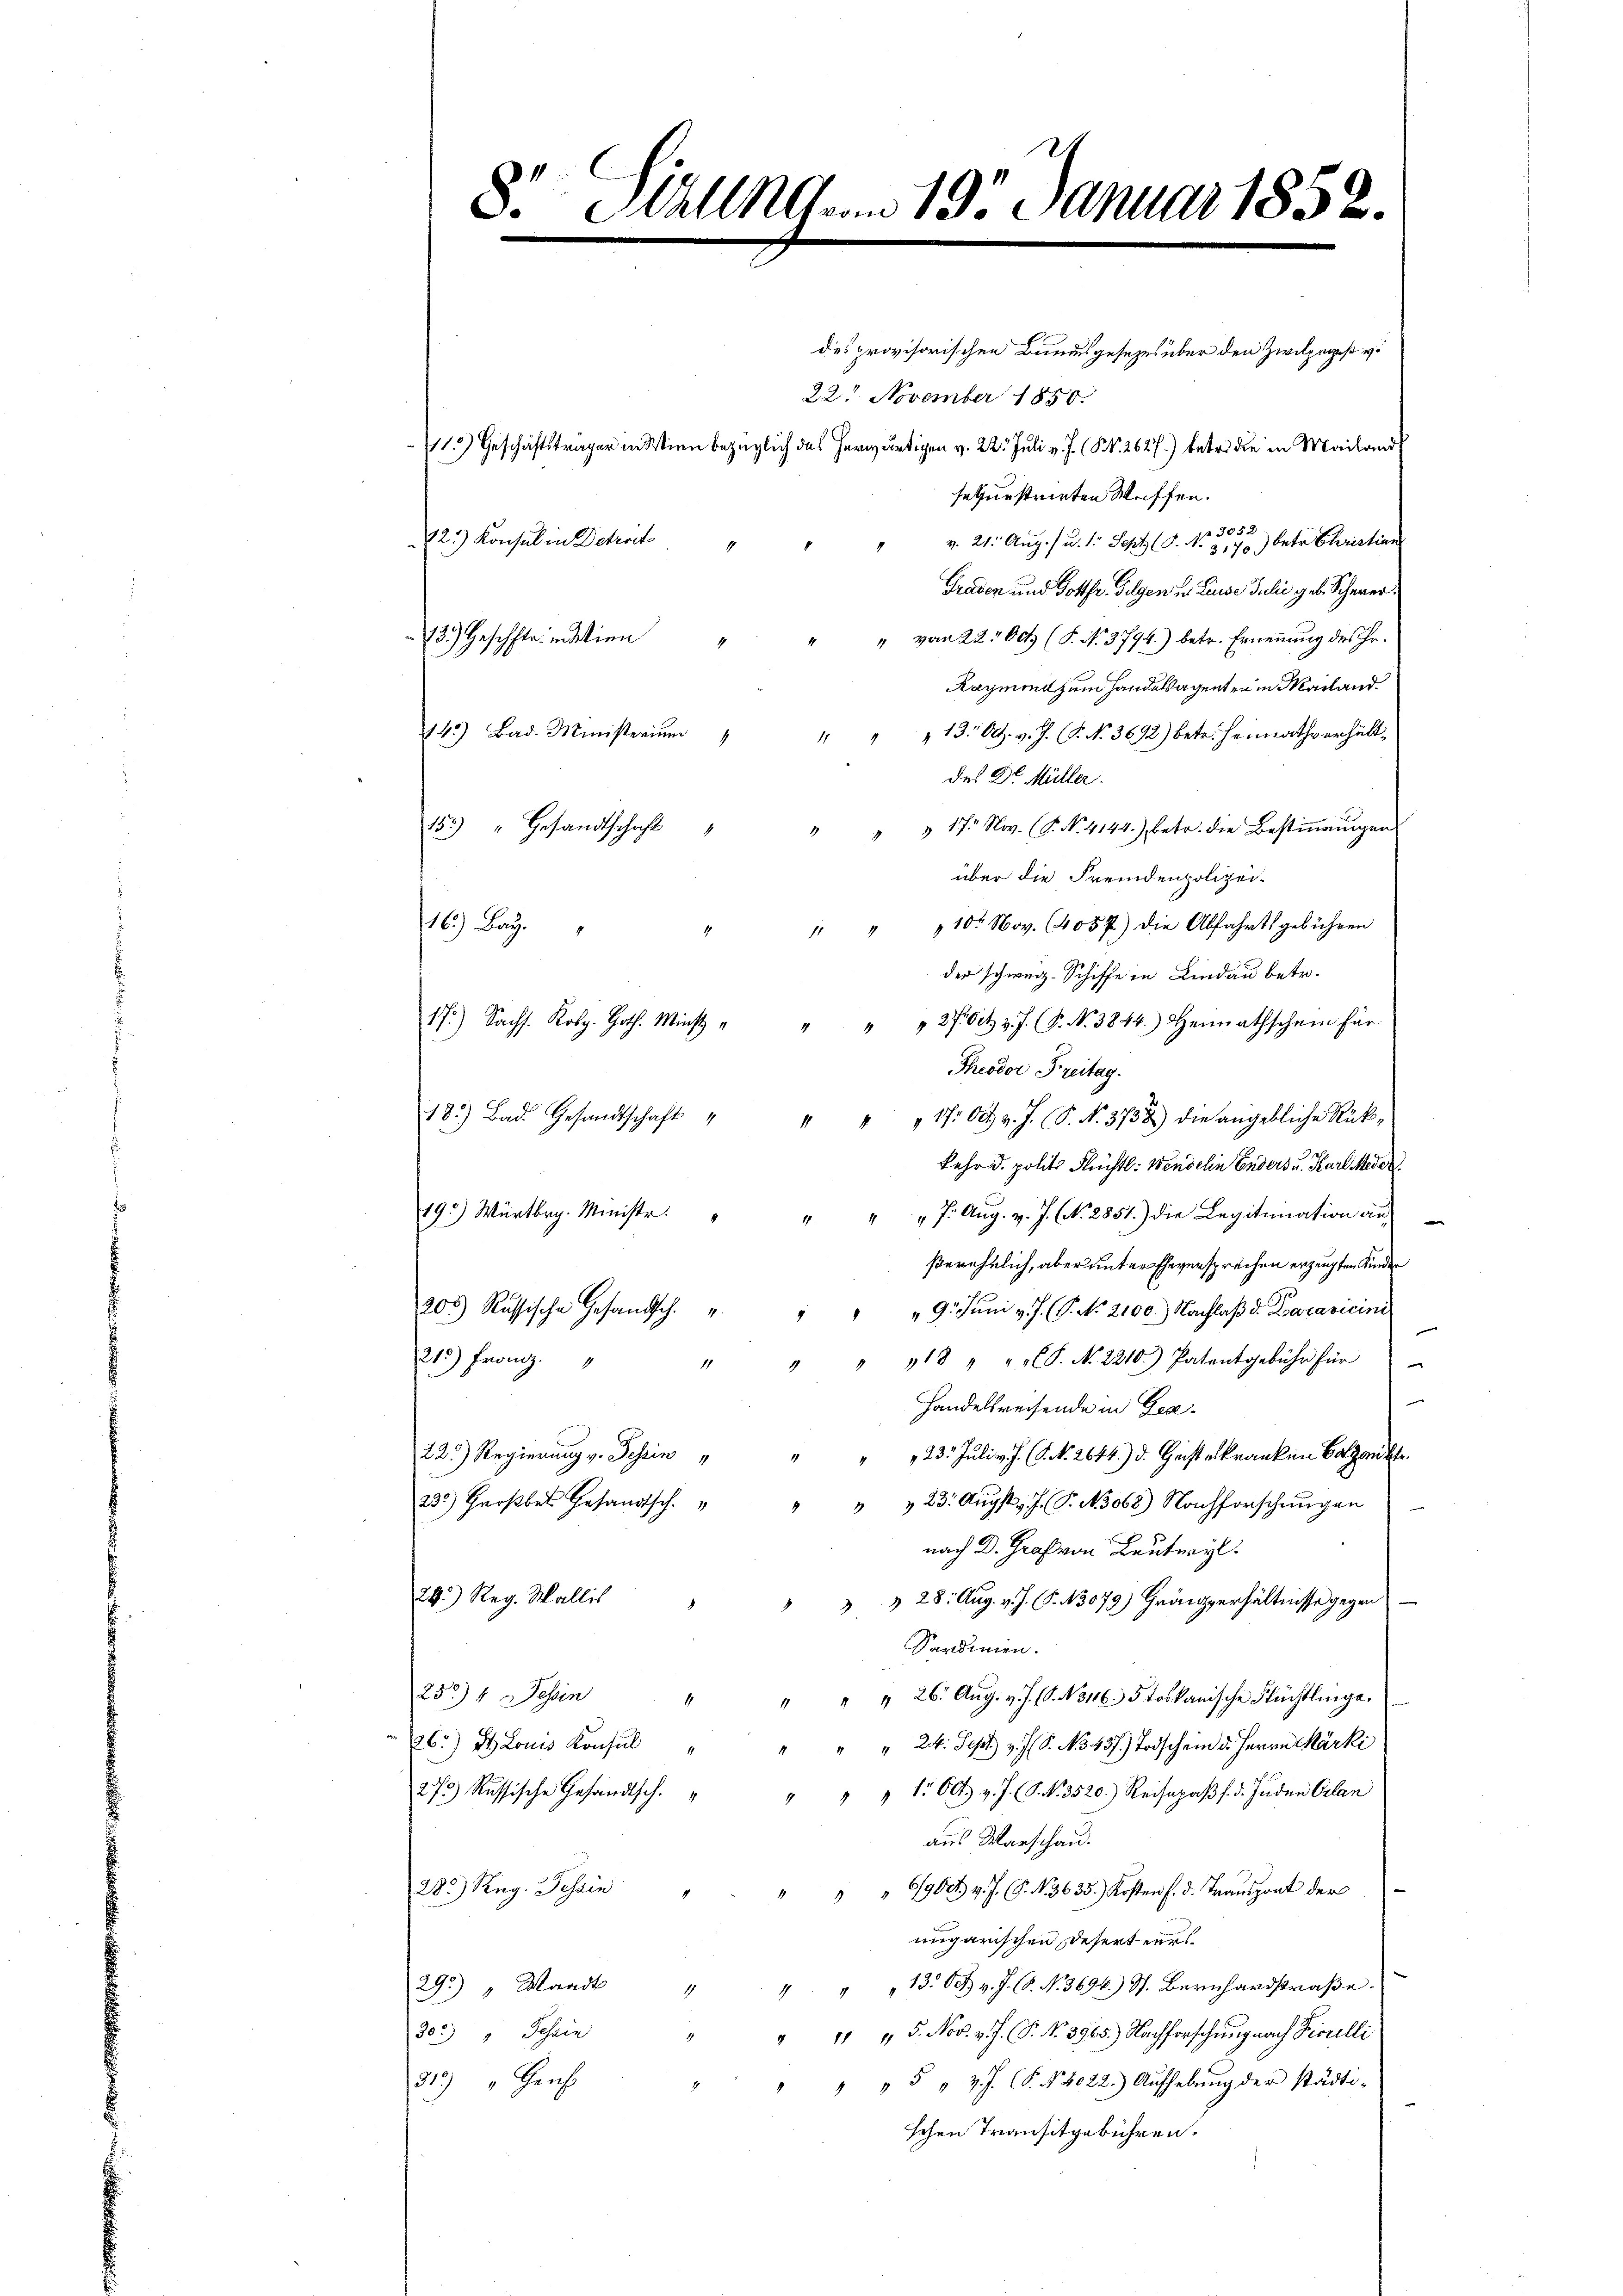
8. Maller 193. Januar 1852.

des provisorischen Bundesgesezes über den Zivilegs v.
22. November 1850.
1) Geschäftsträger in Wien bezüglich das herwärtigen v. 22. Juli v. J. (S. 2627) betr. die in Mailand
sequestrirten Weiffen.
72.) Konsul in Detreit
v. 21. Aug. 1 u. 1. Sept. 9. No. 351) betr. Christian
Graden und Gottfr. Folgen u. Linde Julii geb. Scheuer.
13.) Geschleien " " " vom 22. Oct. (S. No 3794) betr. Erneṅŭng des Hr.
Raymond zum Handelsagenten Mailand
. Miter " " " 13. Oct. v. J. G. No. 3692) betr. Heimathverhält-
des Dr. Müller.
155) " Gesandtschaft " " " " 17. Nov. (T. No. 4144) betr. die Bestiṁŭngen
über die Fremdenpolizei-
1 " " 10. Nov. (4057) die Abfahrtsgebühren
16.) Bay
der schweiz. Schiffe in Lindau betr.
1 Ro.    " " " 27. Oct. v. J. P. Nr. 3844.) Heimathschain für
Theodor Freitag.
183) Bad. Gesandtschaft " " " " 17. Okt. v. J. P. N. 3752) die angebliche Rück-
kehr d. politi Flüchtl: Wendelin Enders u. Karl Meder
193) Würtbrg. Ministr.
" " 7. Aŭg. v. J. (N. 2851) die Legitimation au
ßerehelich, aber unter Eheversprechen erzeugten Kinder
205 Russische Gesandtsch.
" 9. Juni v. J. (T. No. 2100.) Nachlaß d. Karavicini
18 " " " P. Nr. 2210.) Patentgebühr für
215) Franz.
Handelsreisende in Ge¬
23. Juli v. J. J. N. 2644.) d. Geisterkranken Balzen k
22.) Regierung v. Tessin
23) Großber Gesandtsch.
" " 23. Augst, J. P. Nob8) Nachforschungen
nach Dr. Graf von Leuteryl.
24.) Reg. Wallis " " " " 28: Aug. v. J. P. 13079) Gränzverhältnisse gegen
Sardinien.
252) 4 Tessin " " " " 26. Aŭg. v. J. (O. No 116. 5 toskanische Flüchtlinge.
26.) St. Louis Konsul
" " 20. Sept v. J. S. No. 437.) Todschein u. Herrn Märki
272) Russische Gesandtsch. " " " " 1. Oct. v. J. S. 3520.) Reisepaβ f d. Juden Orlan
aus Warschau.
28.) Reg. Tessin " " " " " 900 v. J. G. N. 3635. Kosten f. d. Transport der
ungarischen Deserteurs.
29.) " Waadt " " " " 13. Oct. v. J. C. No. 3694.) S. Bernhardstraße.
302) " Tessin
" " " 5. Nov. v. J. P. Nr. 3965.) Nachforschung nach Fiorelli
81) " Genf
" " " 5 " v.J. (§. N. 4022. Aŭfhebŭng der städti-
schen Transitgebühren.